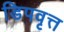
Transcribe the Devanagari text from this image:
डिपवृत्त